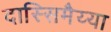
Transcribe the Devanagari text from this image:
दास्सिमैय्या